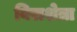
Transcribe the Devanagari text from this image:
विराशेत्रा